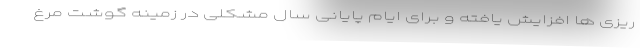
ریزی ها افزایش یافته و برای ایام پایانی سال مشکلی در زمینه گوشت مرغ